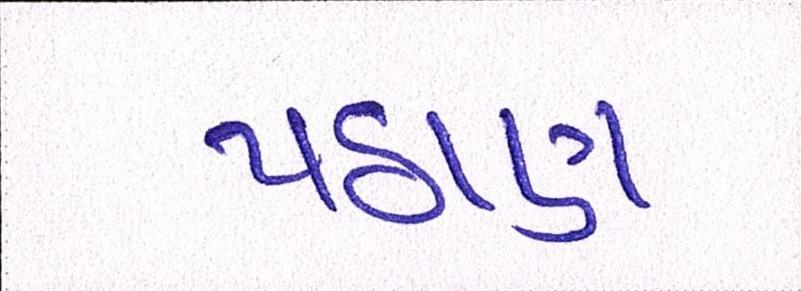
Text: પઠાણ